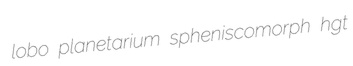
lobo planetarium spheniscomorph hgt